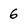
Character: 6